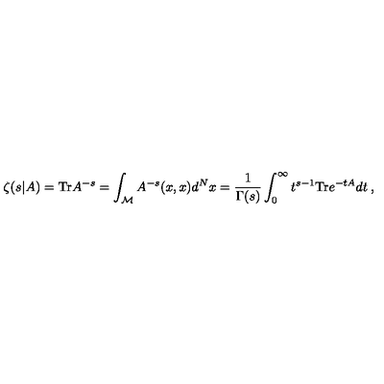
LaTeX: \zeta ( s | A ) = \mathrm { T r } A ^ { - s } = \int _ { { \cal M } } A ^ { - s } ( x , x ) d ^ { N } x = \frac { 1 } { \Gamma ( s ) } \int _ { 0 } ^ { \infty } t ^ { s - 1 } \mathrm { T r } e ^ { - t A } d t \: ,